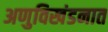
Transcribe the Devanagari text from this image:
अणुविखंडनात